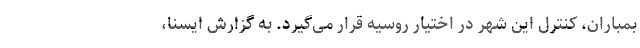
بمباران، کنترل این شهر در اختیار روسیه قرار می‌گیرد. به گزارش ایسنا،